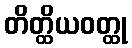
တိတ္ထိယဝတ္ထု